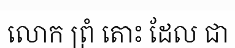
លោក ព្រំ តោះ ដែល ជា